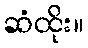
ဆံထိုး။